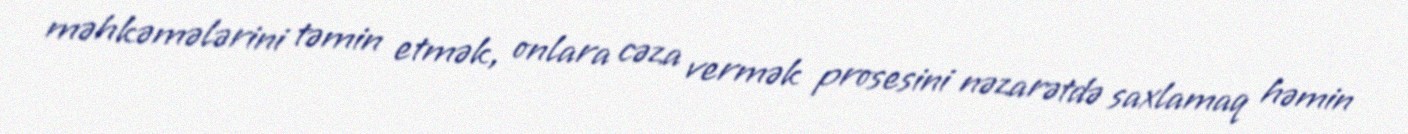
məhkəmələrini təmin etmək, onlara cəza vermək prosesini nəzarətdə saxlamaq həmin